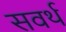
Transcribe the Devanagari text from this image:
सवर्थ